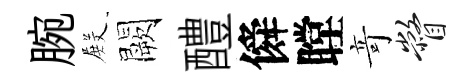
腕𭮺闕醴僢瞠竒瞥